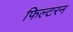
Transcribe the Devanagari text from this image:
फिल्टरन